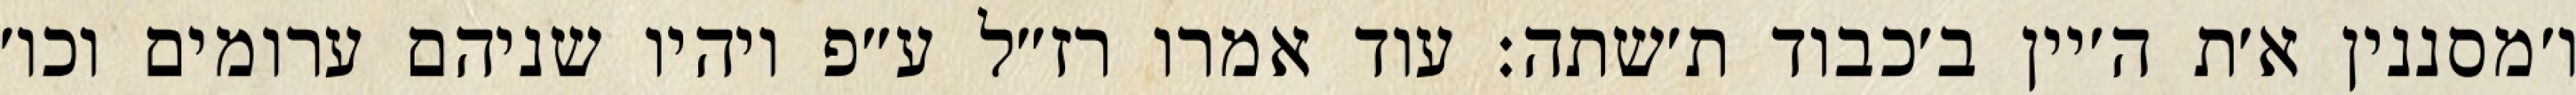
ו׳מסננין א׳ת ה׳יין ב׳כבוד ת׳שתה: עוד אמרו רז״ל ע״פ ויהיו שניהם ערומים וכו׳